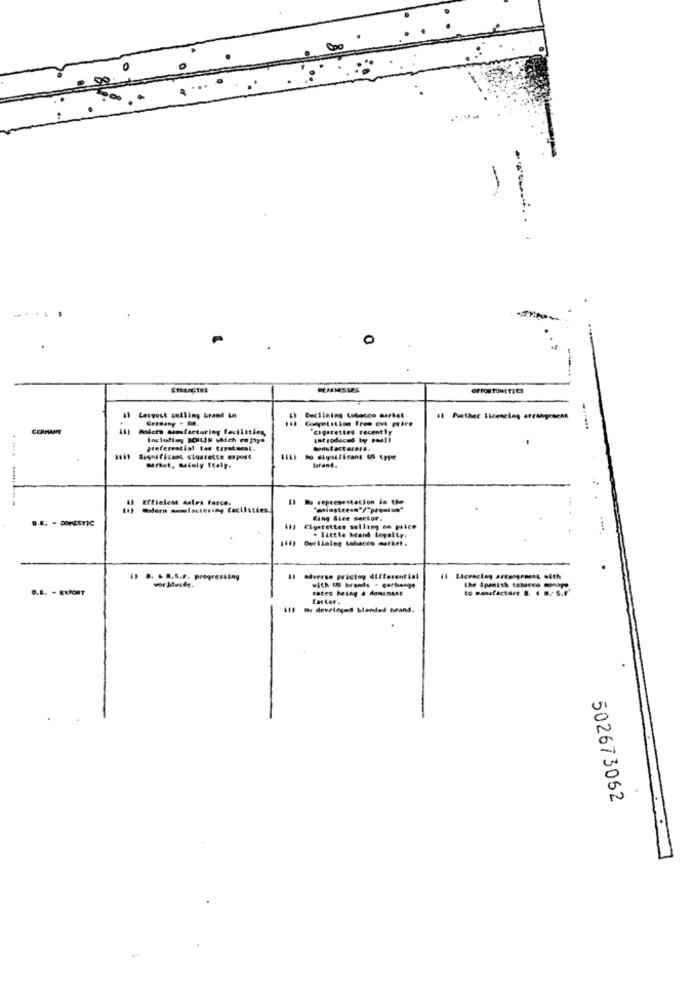
-
--
0
MASMISSES
OPPORTUNITIES
Germany . Ma.
Declining tobacco market
Competition from cut prbee
# further Ilomneles arrangement
CERMANE
cigarettes recently
introduced by pen !!
preferential tas toratora !.
Bonsfactorer#.
atif Significant cigarette erpost
tarand.
Effielene sales force.
13 Da representation in the
O.K. - DOMESTIC
King Size sector.
is) Cigarettes selling en palce
146) Dellaleg tabacco merket .
. little brand loyalty.
1) B. B.S.f. progressing
il Licencing arrangement with
worldwide.
with US brands - corhenge
rates being a dominant
the Spanish tobacco monare.
Factor .
11) Bu developed blended brand.
502673062